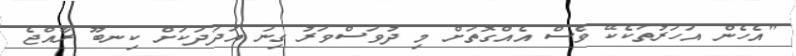
"އެހެން އަހަރުތަކެކޭ ވެސް އެއްގޮތަަށް މި ދުވަސްވަރު ގިނަ އަދަދަކަށް ކިނބޫ ރާއްޖެ